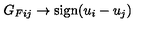
G _ { F i j } \rightarrow \mathrm { s i g n } ( u _ { i } - u _ { j } )